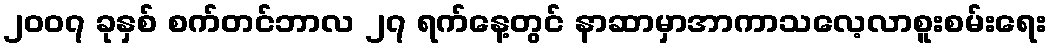
၂၀၀၇ ခုနှစ် စက်တင်ဘာလ ၂၇ ရက်နေ့တွင် နာဆာမှာအာကာသလေ့လာစူးစမ်းရေး